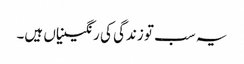
یہ سب تو زندگی کی رنگینیاں ہیں۔